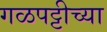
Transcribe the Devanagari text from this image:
गळपट्टीच्या